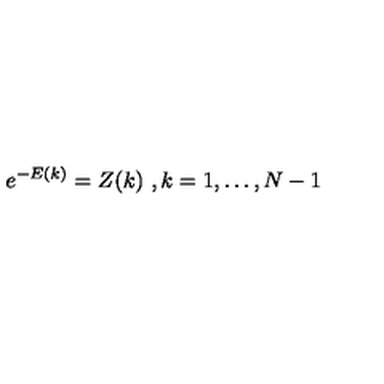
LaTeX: e ^ { - E ( k ) } = Z ( k ) \ , k = 1 , \ldots , N - 1